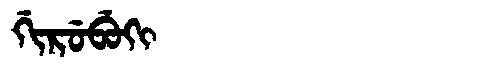
Manchu: ᡤᡳᡵᡠᠪᡠᡴᡳ
Romanization: GIRUBUKI